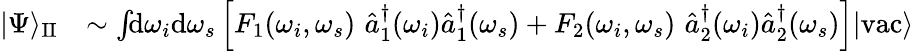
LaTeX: \begin{array}{rl}{|\Psi\rangle_{\mathrm{II}}}&{\sim\int\! \! \mathrm{d}\omega_{i}\mathrm{d}\omega_{s}\left[F_{1}(\omega_{i},\omega_{s})\, \, \hat{a}_{1}^{\dagger}(\omega_{i})\hat{a}_{1}^{\dagger}(\omega_{s})+F_{2}(\omega_{i},\omega_{s})\, \, \hat{a}_{2}^{\dagger}(\omega_{i})\hat{a}_{2}^{\dagger}(\omega_{s})\right]|\mathrm{vac}\rangle}\end{array}